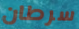
سرطان